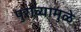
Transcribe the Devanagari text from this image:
पुराव्यामुळे